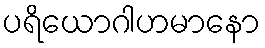
ပရိယောဂါဟမာနော